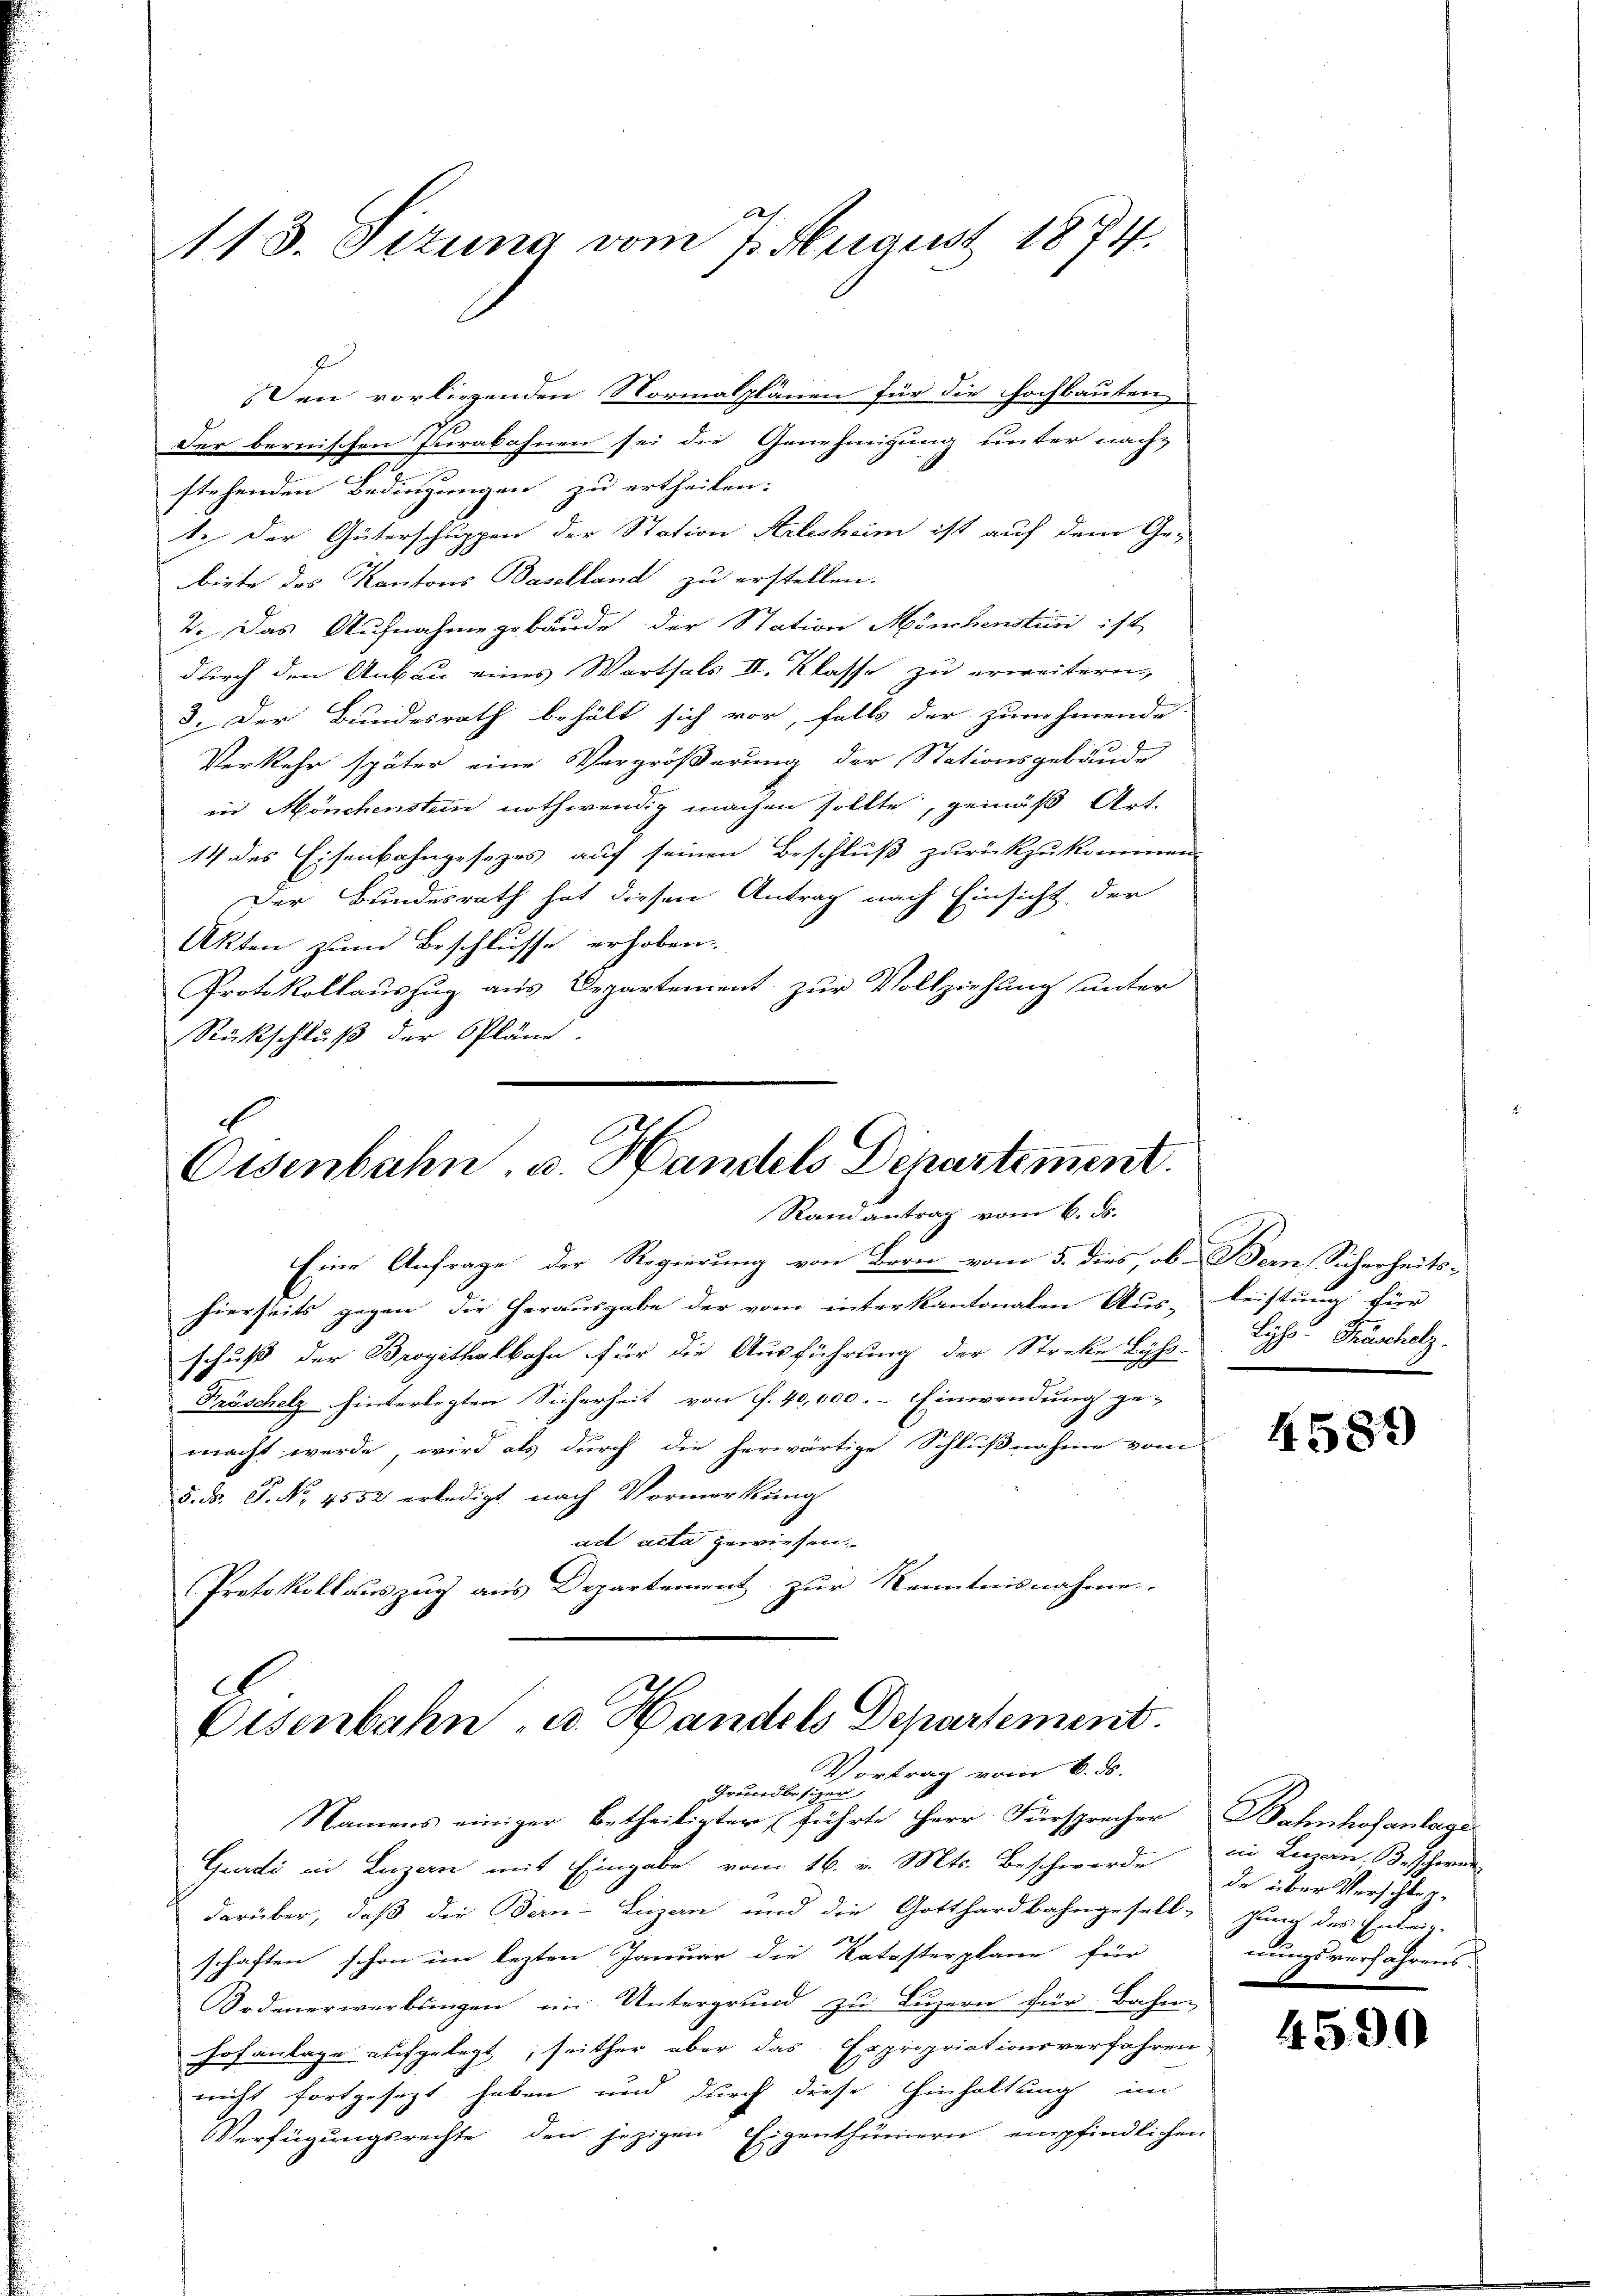
1113. Sizung vom 7. August 1874.

Den vorliegenden Normalplänen für die Hochbauten
der bernischen Jurabahnen sei die Genehmigung unter nach-
7
stehenden Bedingungen zu ertheilen:
1. Der Güterschuppen der Station Arlesheim ist auf dem Ge-
beste des Kantons Baselland zu erstellen.
2. Das Aufnahme gebäude der Station Mönchensten ist
durch den Anbau eines Warthals II. Klasse zu erweitern
3. Der Bundesrath behält sich vor, falls der zunehmende
Verkehr später eine Vergrößerung der Stationsgebäude
in Mönchenstein nothwendig machen sollte, gemäß Art.
14 des Eisenbahngesezes auf seinen Beschluß zurückzukommen.
Der Bundesrath hat diesen Antrag nach Einsicht der
Akten zum Beschlusse erhoben.
Protokollauszug aus Departement zur Vollziehung unter
Rückschluß der Pläne.

Oisenbahn, u. Handels Departement
Randantrag vom 6. ds.

Eine Anfrage der Regierung von Bern vom 5. dies, ob Bern, Sicherheitshierseits gegen die Herausgabe der vom interkantonalen Aus- Leistung für
schuß der Brogithalbahn für die Ausführung der Streke Lyss
Kräschelz hinterlegten Sicherheit von f. 40,000.- Einwendung ge-
macht werde, wird als durch die herwärtige Schlußnahme vom
5. d. J. No. 4552 erledigt nach Vormerkung
act acta gewiesen.
Protokollauszug aus Departement zur Kenntnisnahme.

.
Eisenbahn u. Handels Departement.
Vortrag vom 6. ds.

Grundbesizen
Namens einiger betheiligter führte Herr Fürsprecher Bahnhofanlager
Gurdi in Luzern mit Eingabe vom 16. v. Mts. Beschwerde in Luzan. Beschwer
darüber, daß die Dern-Luzern und die Gotthardbahngesell-gung des Entrig-
schaften schon im lezten Januar die Katasterplane für
Sodenerwerbungen im Untergrund zu Luzern für Bahn-
Hofanlage aufgelegt, seither aber das Erpropriationsverfahren,
nicht fortgesezt haben und durch diese Einhaltung im
Verfügungsrechte den jezigen Eigenthümern empfindlichen

Lysos. Präscholz.

4589

de über Verschlagnungsverfahrens

4590